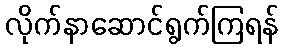
လိုက်နာဆောင်ရွက်ကြရန်